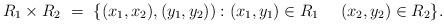
LaTeX: \begin{align*}R_1 \times R_2 \ = \ \{ (x_1,x_2),(y_1,y_2)) : (x_1,y_1) \in R_1 \ \ \ \ (x_2,y_2) \in R_2 \}.\end{align*}